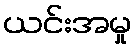
ယင်းအမှု